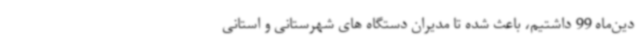
دین‌ماه 99 داشتیم، باعث شده تا مدیران دستگاه های شهرستانی و استانی